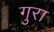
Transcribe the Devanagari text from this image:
गुरा